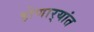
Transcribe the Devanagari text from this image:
होणार्‍यांत